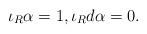
LaTeX: \begin{align*} \iota_R \alpha = 1, \iota_R d\alpha = 0. \end{align*}